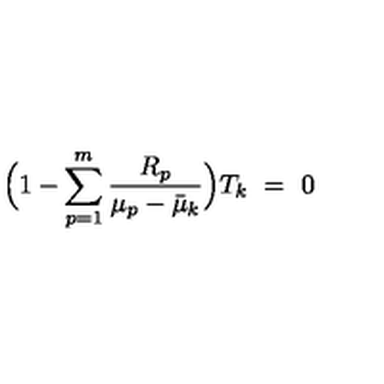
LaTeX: \Bigl ( 1 - \sum _ { p = 1 } ^ { m } \frac { R _ { p } } { \mu _ { p } - \bar { \mu } _ { k } } \Bigr ) T _ { k } \ = \ 0